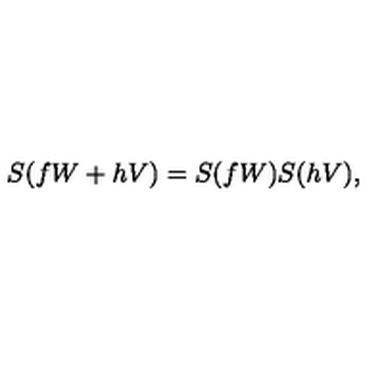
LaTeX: S ( f W + h V ) = S ( f W ) S ( h V ) ,